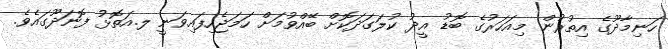
ހަނިމާދޫގެ އިތުރުން މިއަހަރުގެ ބޮޑު އީދު ކުލަގަދަކޮށް ބޭއްވުމަށް ހަމަޖެހިފައިވަނީ ލ.އަތޮޅު ފޮނަދޫގައެވެ.